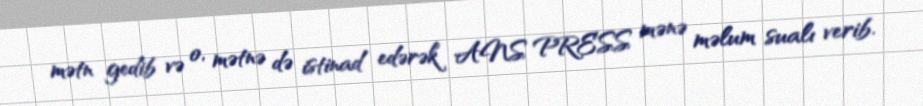
mətn gedib və o, mətnə də istinad edərək ANS PRESS mənə məlum sualı verib.